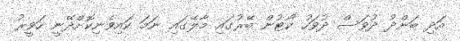
އަދި ބަންދު ދުވަސް ދުވަހު ކޯޓުން ބޭރުގައި މާލޭގައި ނަމަ ކައިވެނިކޮށްދޭނީ ހަވީރު